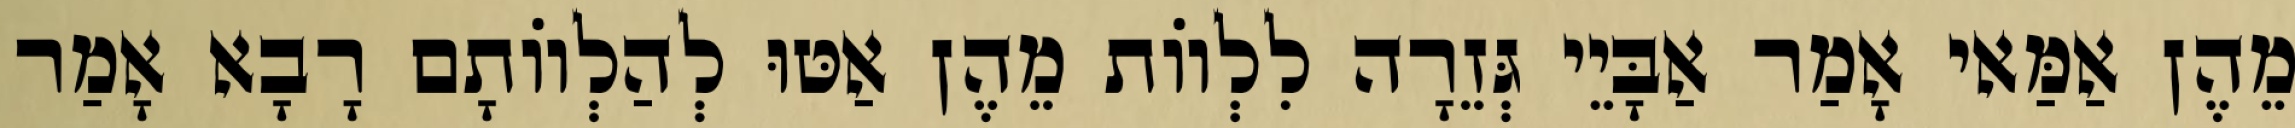
מֵהֶן אַמַּאי אָמַר אַבָּיֵי גְּזֵרָה לִלְווֹת מֵהֶן אַטּוּ לְהַלְווֹתָם רָבָא אָמַר